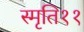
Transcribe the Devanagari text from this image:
स्मृति११